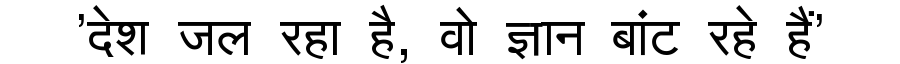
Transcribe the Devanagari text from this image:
'देश जल रहा है, वो ज्ञान बांट रहे हैं'